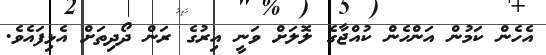
އެހެން ކަމުން އަންހެން ކުއްޖާގެ ލޮލަށް ވަނީ އިރުގެ ރަން ދޯދިތަށް އެޅިފައެވެ.